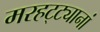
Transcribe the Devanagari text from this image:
मरहट्ट्यानां